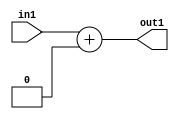
`timescale 1ps / 1ps
/*****************************************************************************
    Verilog RTL Description
    
    
    Created by: CellMath Designer 2019.1.01 
*******************************************************************************/

module DFT_compute_Add_6U_9_4 (
	in1,
	out1
	); /* architecture "behavioural" */ 
input [5:0] in1;
output [5:0] out1;
wire [5:0] asc001;

assign asc001 = 
	+(in1)
	+(6'B000000);

assign out1 = asc001;
endmodule

/* CADENCE  urj4Two= : u9/ySgnWtBlWxVPRXgAZ4Og= ** DO NOT EDIT THIS LINE ******/